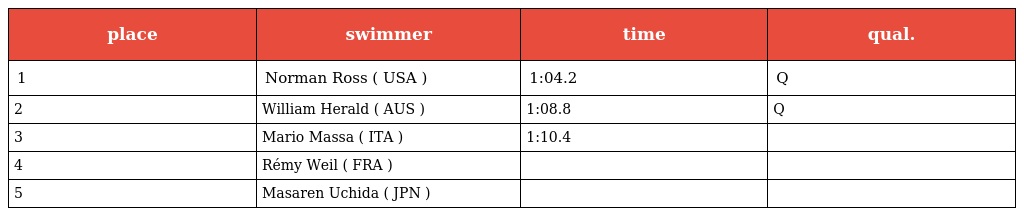
| place | swimmer | time | qual. |
 | --- | --- | --- | --- |
 | 1 | Norman Ross ( USA ) | 1:04.2 | Q |
 | 2 | William Herald ( AUS ) | 1:08.8 | Q |
 | 3 | Mario Massa ( ITA ) | 1:10.4 |  |
 | 4 | Rémy Weil ( FRA ) |  |  |
 | 5 | Masaren Uchida ( JPN ) |  |  |